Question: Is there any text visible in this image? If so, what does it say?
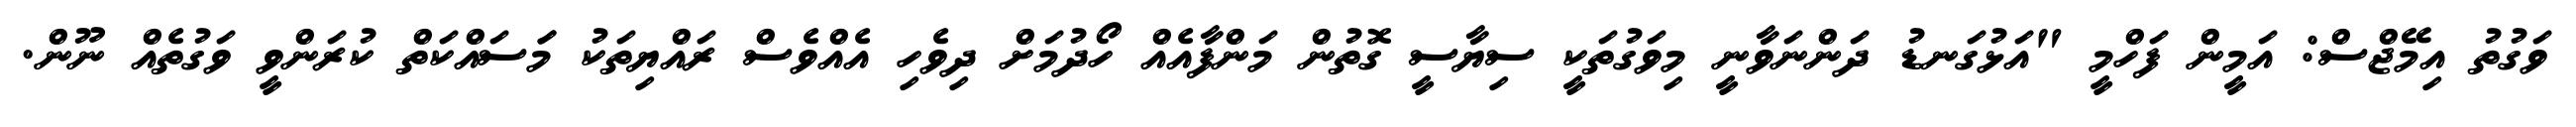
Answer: ވަގުތު އިމޭޖްސް: އަމީން ފަހްމީ "އަޅުގަނޑު ދަންނަވާނީ މިވަގުތަކީ ސިޔާސީ ގޮތުން މަންފާއެއް ހޯދުމަށް ދިވެހި އެއްވެސް ރައްޔިތަކު މަަސައްކަތް ކުރަންވީ ވަގުތެއް ނޫން.